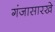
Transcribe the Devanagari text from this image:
गंजासारखे